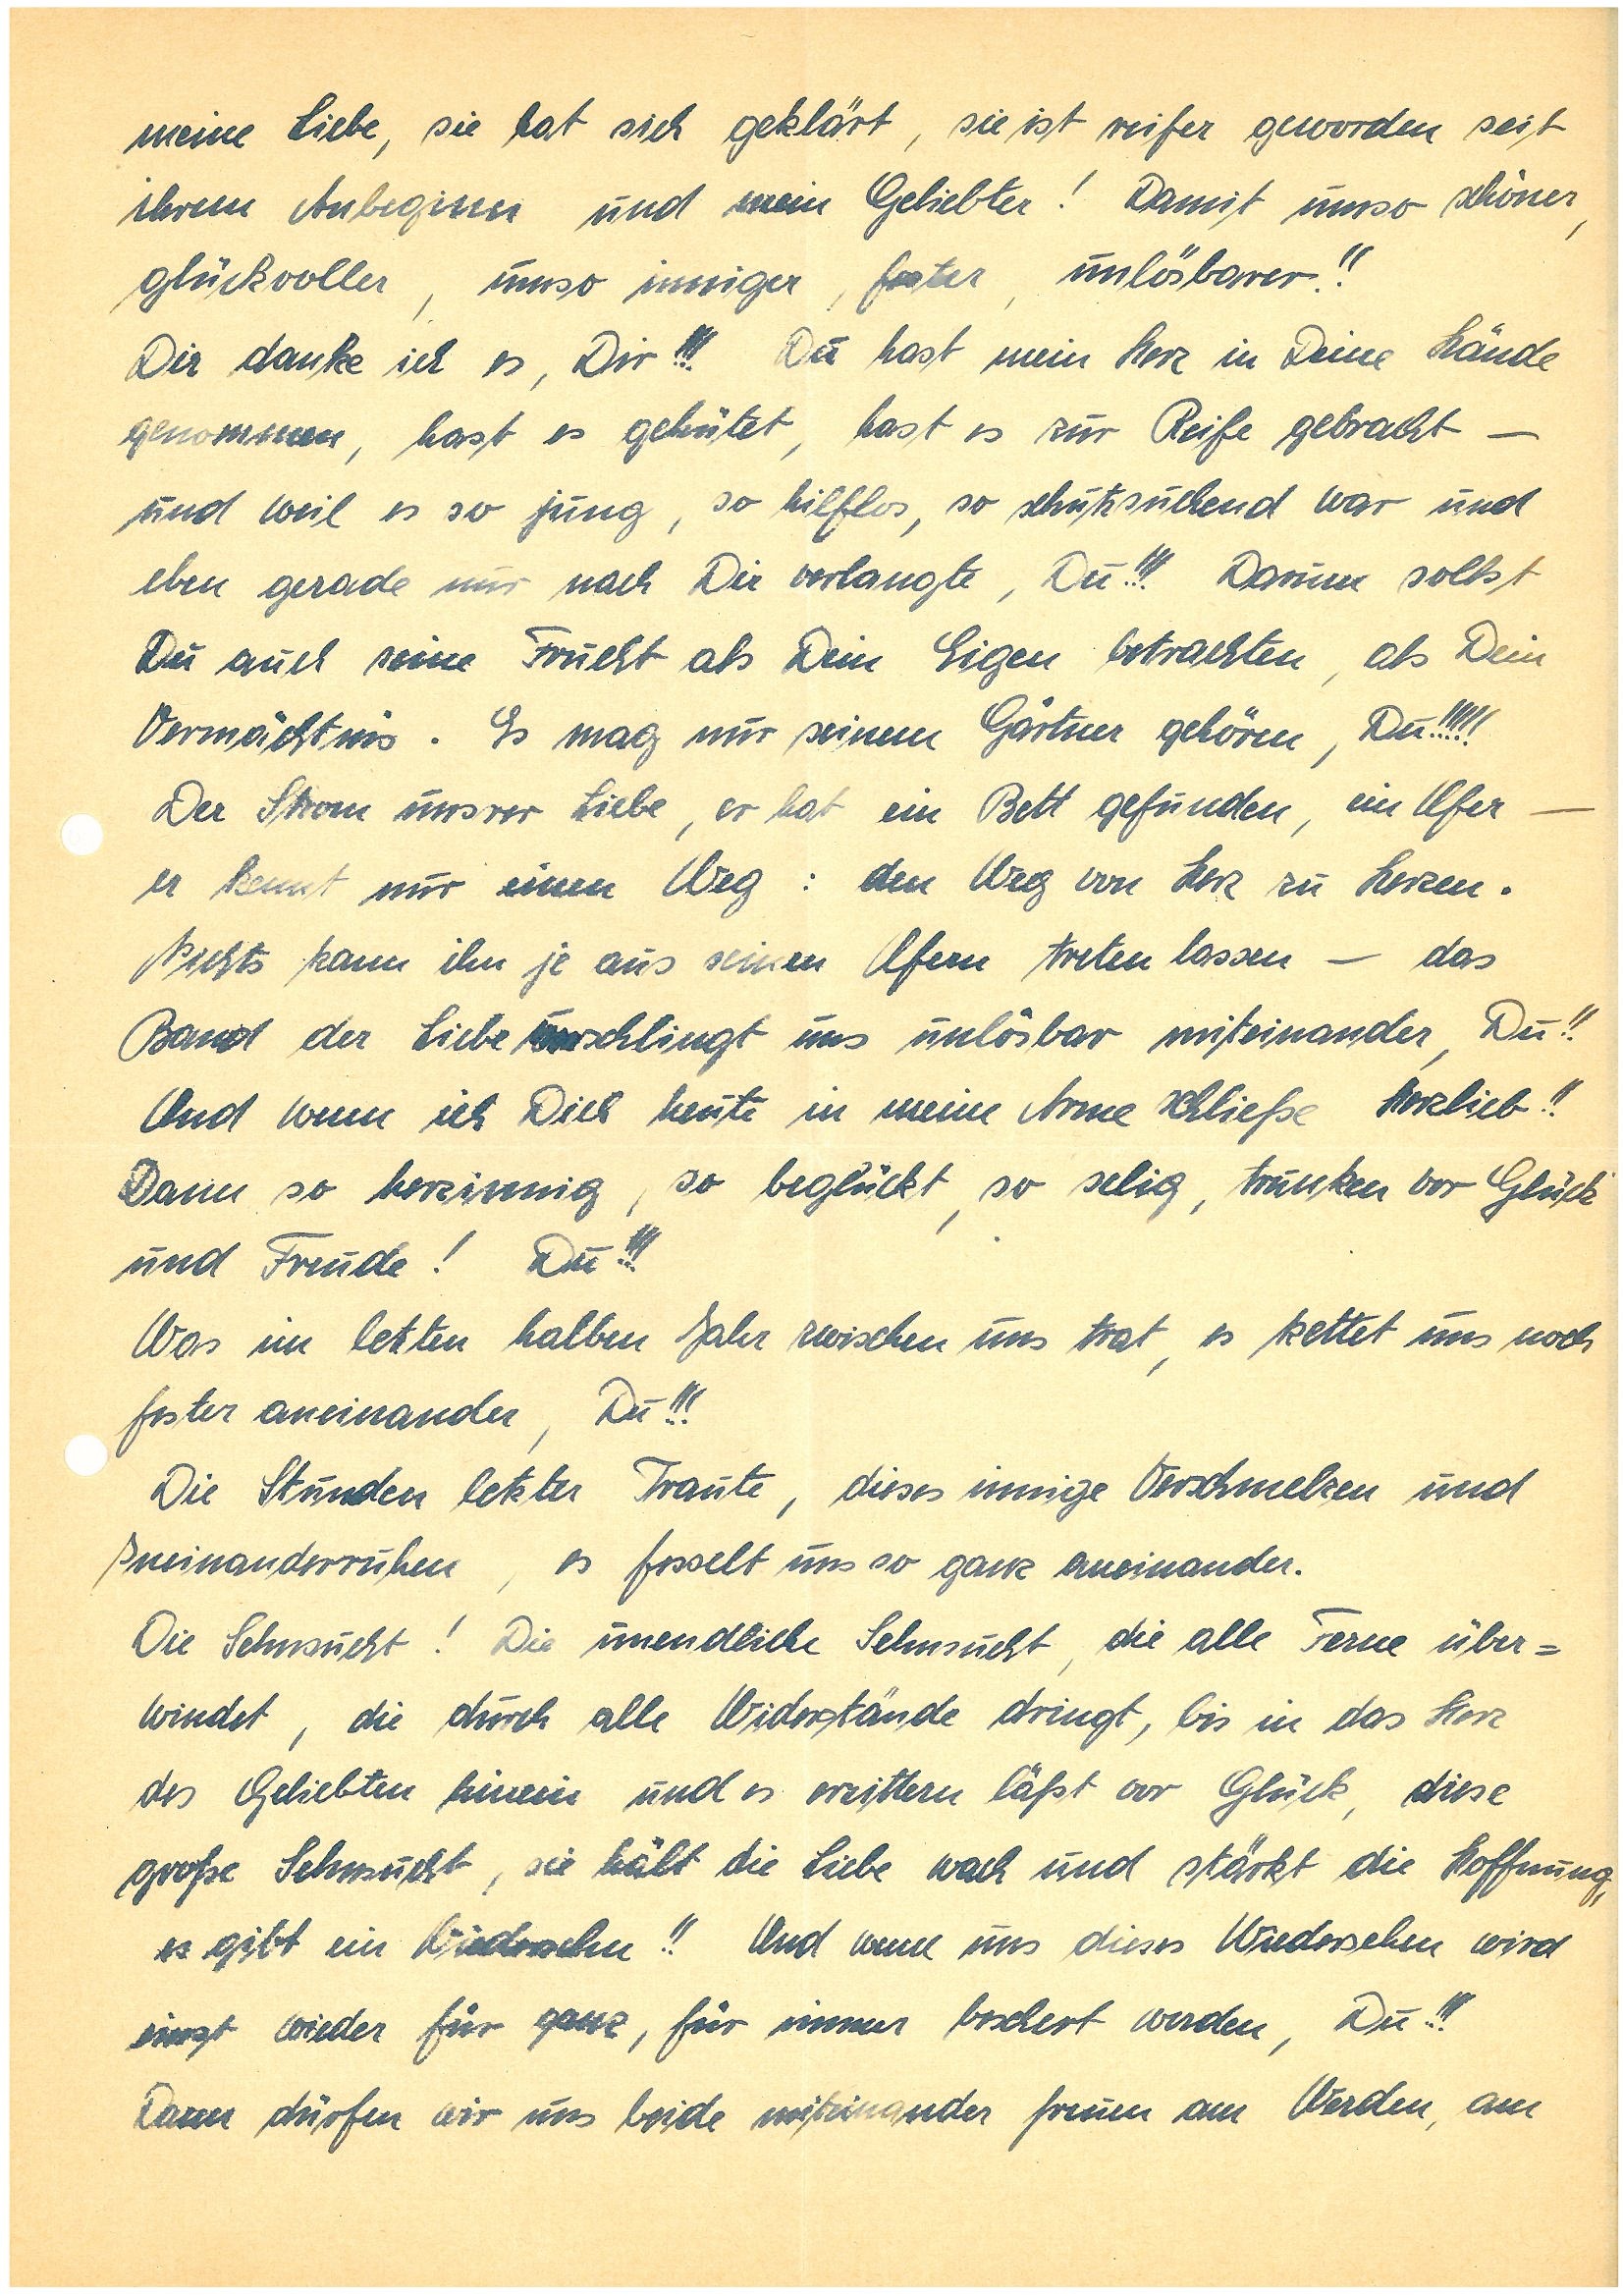
meine Liebe, sie hat sich geklärt, sie ist reifer geworden seit
ihrem Anbeginer und mein Geliebter! Damit umso schöner,
glückvoller, umso inniger, faster, unlösbarer!!
Dir danke ich es Dir!!! Du hast mein Herz in Deine Hände
genommen, hast es gehütet, hast es zur Reife gebracht –
und weil es so jung, so hilflos so schutzsuchend war und
eben gerade nur nach Dir verlangte, Du!!! Darum sollst
Du auch seine Frucht als Dein Eigen betrachten, als Dein
Vermächtsis. Es mag nur seinem Gärtner gehören, Du!!!!!
Der Skom unsrer Liebe, er hat ein Bett gefunden, ein Uer –
er kennt nur einen Weg: den Weg von Herz zu Herzen.
Nichts kann ihn je aus seinen Ufern treten lassen – das
Bandt der Liebe verschlingt uns unlösbar miteinander, Du!!
Und wenn ich Dich heute in meine Arme Schließe, Herzlieb!!
Dann so herzinnig, so beglückt so selig, trunken vor Glück
und Freude! Du!!!
Was im letzten halben Jahr zwischen uns trat es kettet uns noch
fester aneinander, Du!!!
Die Stunden letzter Traute, dieses innige Verschmelzen und
Ineinanderruhen, es fesselt uns so ganz aneinander.
Die Sehnsucht! Die unendliche Sehnsucht, die alle Ferne über¬
windet, die durch alle Widerstände dringt, bis in das Herz
des Geliebten hinein und es erzittern läßt vor Glück, diese
große Sehnsucht, sie hält die Liebe wach und stärkt die Hoffnung,
es gibt ein Wiedersehen!! Und wenn uns dieses Wiedersehen wird
einst wieder für ganz, für immer beschert werden, Du!!!
Dann dürfen wir uns beide miteinander freuen am Werden, am